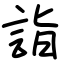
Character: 詣